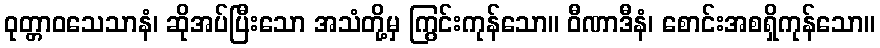
ဝုတ္တာဝသေသာနံ၊ ဆိုအပ်ပြီးသော အသံတို့မှ ကြွင်းကုန်သော။ ဝီဏာဒီနံ၊ စောင်းအစရှိကုန်သော။